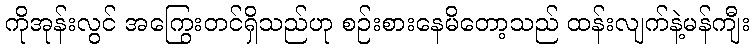
ကိုအုန်းလွင် အကြွေးတင်ရှိသည်ဟု စဉ်းစားနေမိတော့သည် ထန်းလျက်နဲ့မန်ကျီး